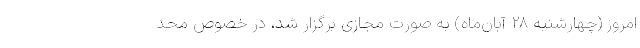
امروز (چهارشنبه ۲۸ آبان‌ماه) به صورت مجازی برگزار شد، در خصوص محد